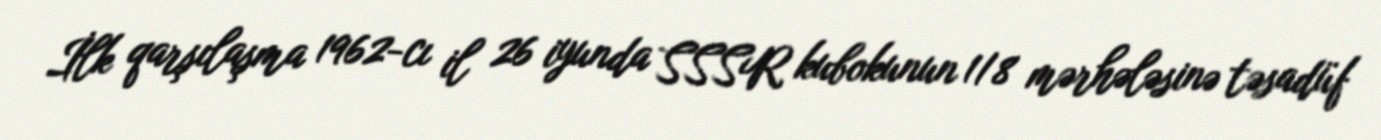
İlk qarşılaşma 1962-cı il 26 iyunda SSSR kubokunun 1/8 mərhələsinə təsadüf